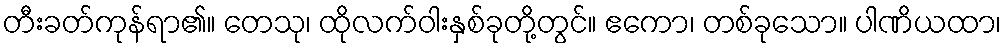
တီးခတ်ကုန်ရာ၏။ တေသု၊ ထိုလက်ဝါးနှစ်ခုတို့တွင်။ ဧကော၊ တစ်ခုသော။ ပါဏိယထာ၊